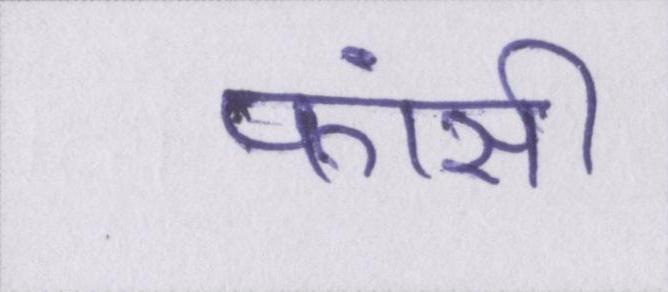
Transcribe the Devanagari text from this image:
फांसी